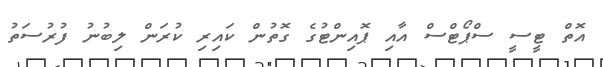
އޮތް ޓީސީ ސްޕޯޓްސް އާއި ޕޮއިންޓުގެ ގޮތުން ކައިރި ކުރަން ލިބުނު ފުރުސަތު